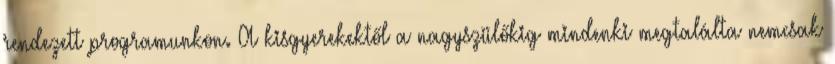
rendezett programunkon. A kisgyerekektől a nagyszülőkig mindenki megtalálta nemcsak